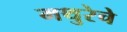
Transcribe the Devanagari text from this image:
मथुरेचे